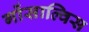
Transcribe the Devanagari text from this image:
गोंसाल्विस